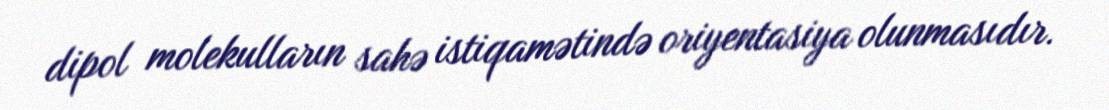
dipol molekulların sahə istiqamətində oriyentasiya olunmasıdır.